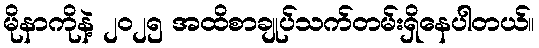
မိုနာကိုနဲ့ ၂၀၂၅ အထိစာချုပ်သက်တမ်းရှိနေပါတယ်။